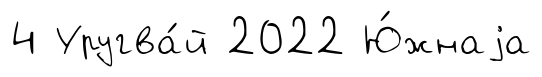
4 Уругва́й 2022 Ю́жнаjа